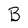
Character: B